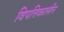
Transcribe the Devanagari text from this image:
विपत्तिकालीन